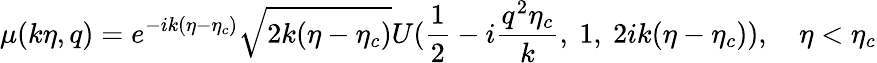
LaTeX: \mu(k\eta,q)=e^{-ik(\eta-\eta_{c})}\sqrt{2k(\eta-\eta_{c})}U(\frac{1}{2}-i\frac{q^{2}\eta_{c}}{k},~1,~2ik(\eta-\eta_{c})),~~~~\eta<\eta_{c}